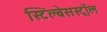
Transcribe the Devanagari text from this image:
स्टिल्बेसस्ट्रॉल